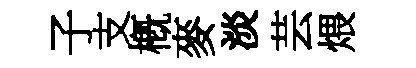
子支槪麥淡芸煨